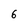
Character: 6